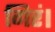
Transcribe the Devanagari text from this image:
गिरं।